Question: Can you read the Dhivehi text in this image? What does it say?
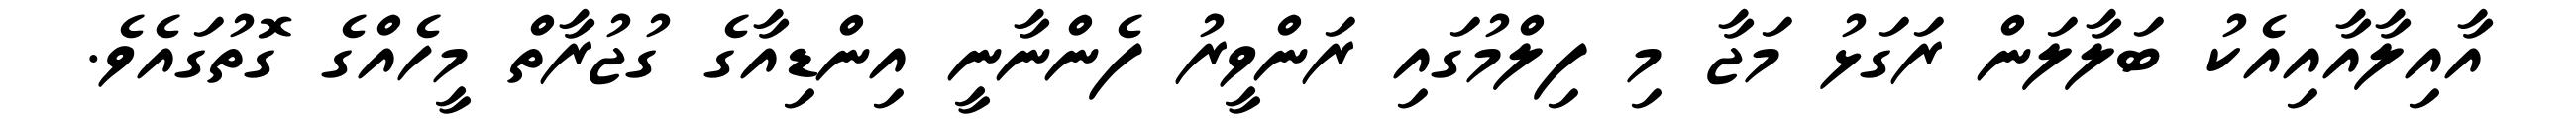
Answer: އާއިލާއާއިއެކު ބަލާލަން ރަގަޅު މަޖާ މި ފިލްމުގައި ރަންވީރު ފެންނާނީ އިންޑިއާގެ ގުޖުރާތް މީހެއްގެ ގޮތުގައެވެ.